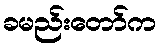
ခမည်းတော်က